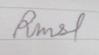
Signature authenticity: forged